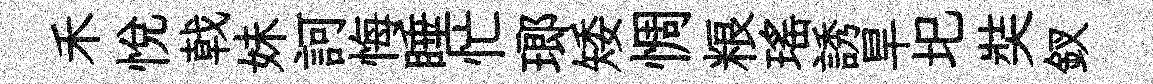
禾悅戟妹訶悔睡忙瑯矮惆粮瑶誘旱圯奘釵